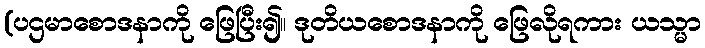
(ပဌမာစောဒနာကို ဖြေပြီး၍။ ဒုတိယစောဒနာကို ဖြေလိုရကား ယသ္မာ